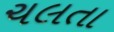
ચલતા